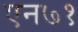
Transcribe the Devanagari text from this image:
एन७१